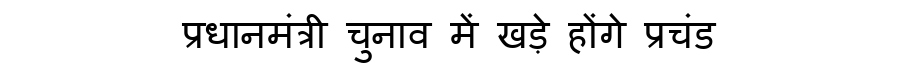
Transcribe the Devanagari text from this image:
प्रधानमंत्री चुनाव में खड़े होंगे प्रचंड